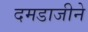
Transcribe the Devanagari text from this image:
दमडाजीने